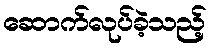
ဆောက်လုပ်ခဲ့သည့်